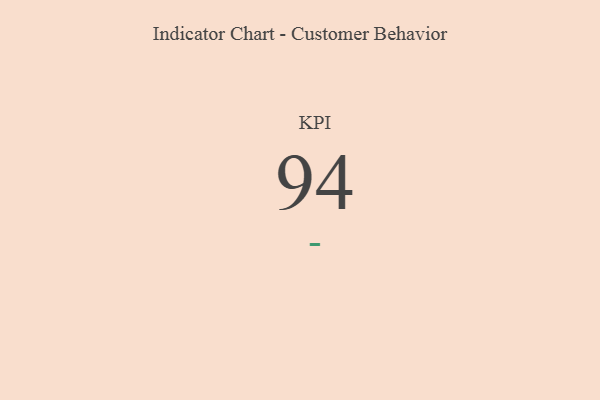
{"axis": {"x": "KPI", "y": "Value"}, "legend": [""], "data": [{"x": "KPI", "y": 94, "type": ""}]}